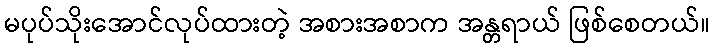
မပုပ်သိုးအောင်လုပ်ထားတဲ့ အစားအစာက အန္တရာယ် ဖြစ်စေတယ်။